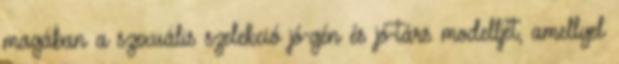
magában a szexuális szelekció jó-gén és jó-társ modelljét, amellyel